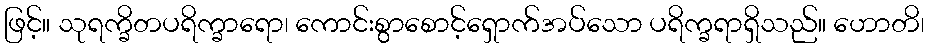
ဖြင့်။ သုရက္ခိတပရိက္ခာရော၊ ကောင်းစွာစောင့်ရှောက်အပ်သော ပရိက္ခရာရှိသည်။ ဟောတိ၊